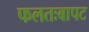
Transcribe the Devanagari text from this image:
फलतःबापट